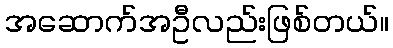
အဆောက်အဦလည်းဖြစ်တယ်။